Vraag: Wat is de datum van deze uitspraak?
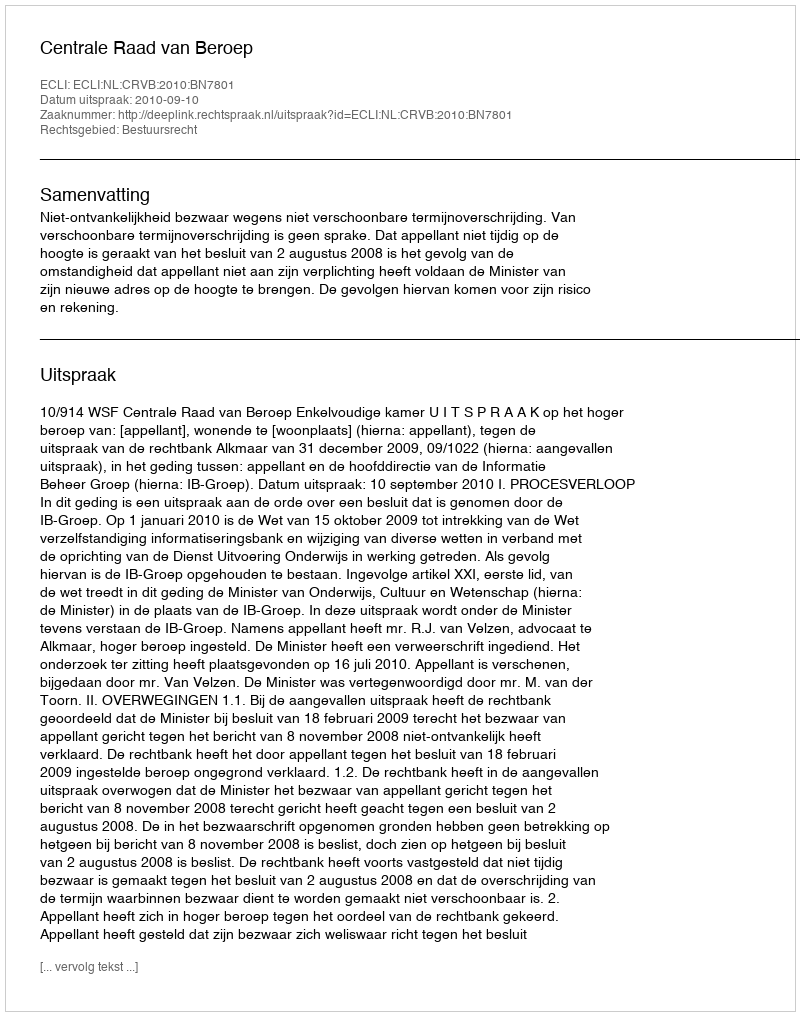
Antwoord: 2010-09-10